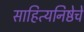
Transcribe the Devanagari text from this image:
साहित्यनिष्ठेचे